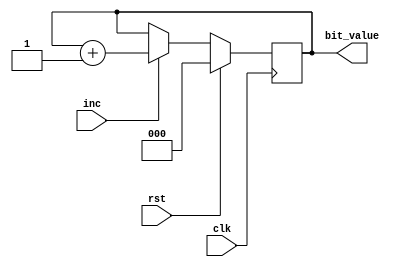
/*
   This file was generated automatically by the Mojo IDE version B1.3.6.
   Do not edit this file directly. Instead edit the original Lucid source.
   This is a temporary file and any changes made to it will be destroyed.
*/

module decimal_counter_16 (
    input clk,
    input rst,
    input inc,
    output reg [2:0] bit_value
  );
  
  
  
  reg [2:0] M_bit_count_d, M_bit_count_q = 1'h0;
  
  always @* begin
    M_bit_count_d = M_bit_count_q;
    
    bit_value = M_bit_count_q;
    if (inc) begin
      if (M_bit_count_q == 4'h8) begin
        M_bit_count_d = 1'h0;
      end else begin
        M_bit_count_d = M_bit_count_q + 1'h1;
      end
    end
  end
  
  always @(posedge clk) begin
    if (rst == 1'b1) begin
      M_bit_count_q <= 1'h0;
    end else begin
      M_bit_count_q <= M_bit_count_d;
    end
  end
  
endmodule